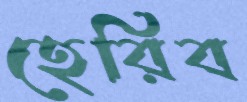
হেরিব